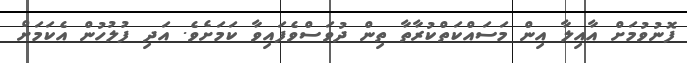
ފޮނުވުމަށް އާއިލާ އިން މަސައްކަތްކުރާތާ ތިން ދުވަސްވެފައިވާ ކަމަށެވެ. އަދި ފުލުހުން އެކަމަށް